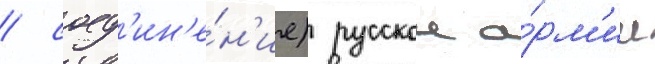
/ соед'ин'е́н'ие) русскои а́рм'ии